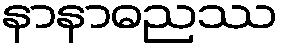
နာနာဓညဿ